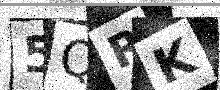
Text: 5QRK